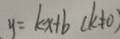
y = k x + b ( k \neq 0 )